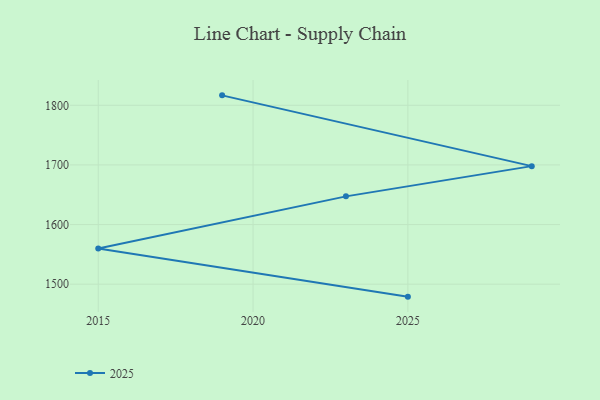
{"axis": {"x": "Year", "y": "Backlog"}, "legend": ["2025"], "data": [{"x": "2025", "y": 1479.1, "type": "2025"}, {"x": "2015", "y": 1560.0, "type": "2025"}, {"x": "2023", "y": 1647.3, "type": "2025"}, {"x": "2029", "y": 1698.0, "type": "2025"}, {"x": "2019", "y": 1816.7, "type": "2025"}]}